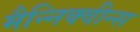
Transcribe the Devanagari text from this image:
मैन्निक्वीन्स